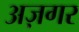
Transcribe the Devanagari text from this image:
अज़गर